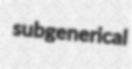
subgenerical